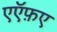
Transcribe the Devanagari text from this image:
एऍफ़ए